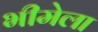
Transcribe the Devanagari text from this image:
भीमेला